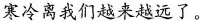
寒冷离我们越来越远了。